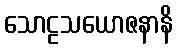
သောဠသယောဇနာနိ